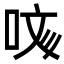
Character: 𠲲